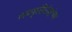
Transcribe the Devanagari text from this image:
पाककृतिसंग्रहांच्या